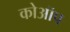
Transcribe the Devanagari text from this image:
कोऑप